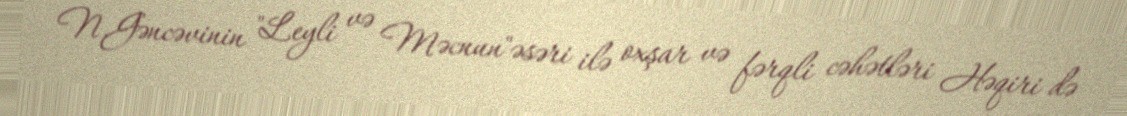
N.Gəncəvinin "Leyli və Məcnun"əsəri ilə oxşar və fərqli cəhətləri Həqiri də